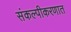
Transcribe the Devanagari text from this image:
संकल्पीकरणात